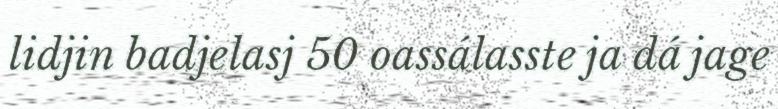
lidjin badjelasj 50 oassálasste ja dá jage